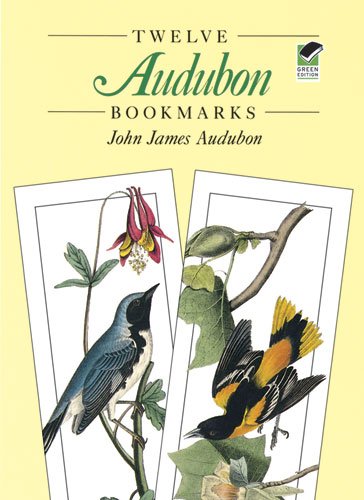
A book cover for Twelve Audubon Bookmarks (Dover Bookmarks); John James Audubon; Crafts, Hobbies & Home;